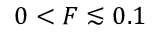
0 < F \lesssim 0 . 1